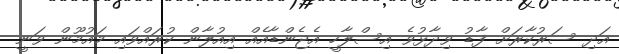
އަދި ސަރުކާރަށް ފާޑު ވިދާޅުވެ އިސްލާހީ އެޖެންޑާއެއް އިއުލާން ކުރައްވައި މައުމޫން ވަނީ